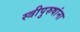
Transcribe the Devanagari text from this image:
स्त्रीपुरुषांना